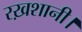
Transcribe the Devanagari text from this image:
रख़शानी।